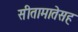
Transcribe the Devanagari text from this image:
सीतामातेसह